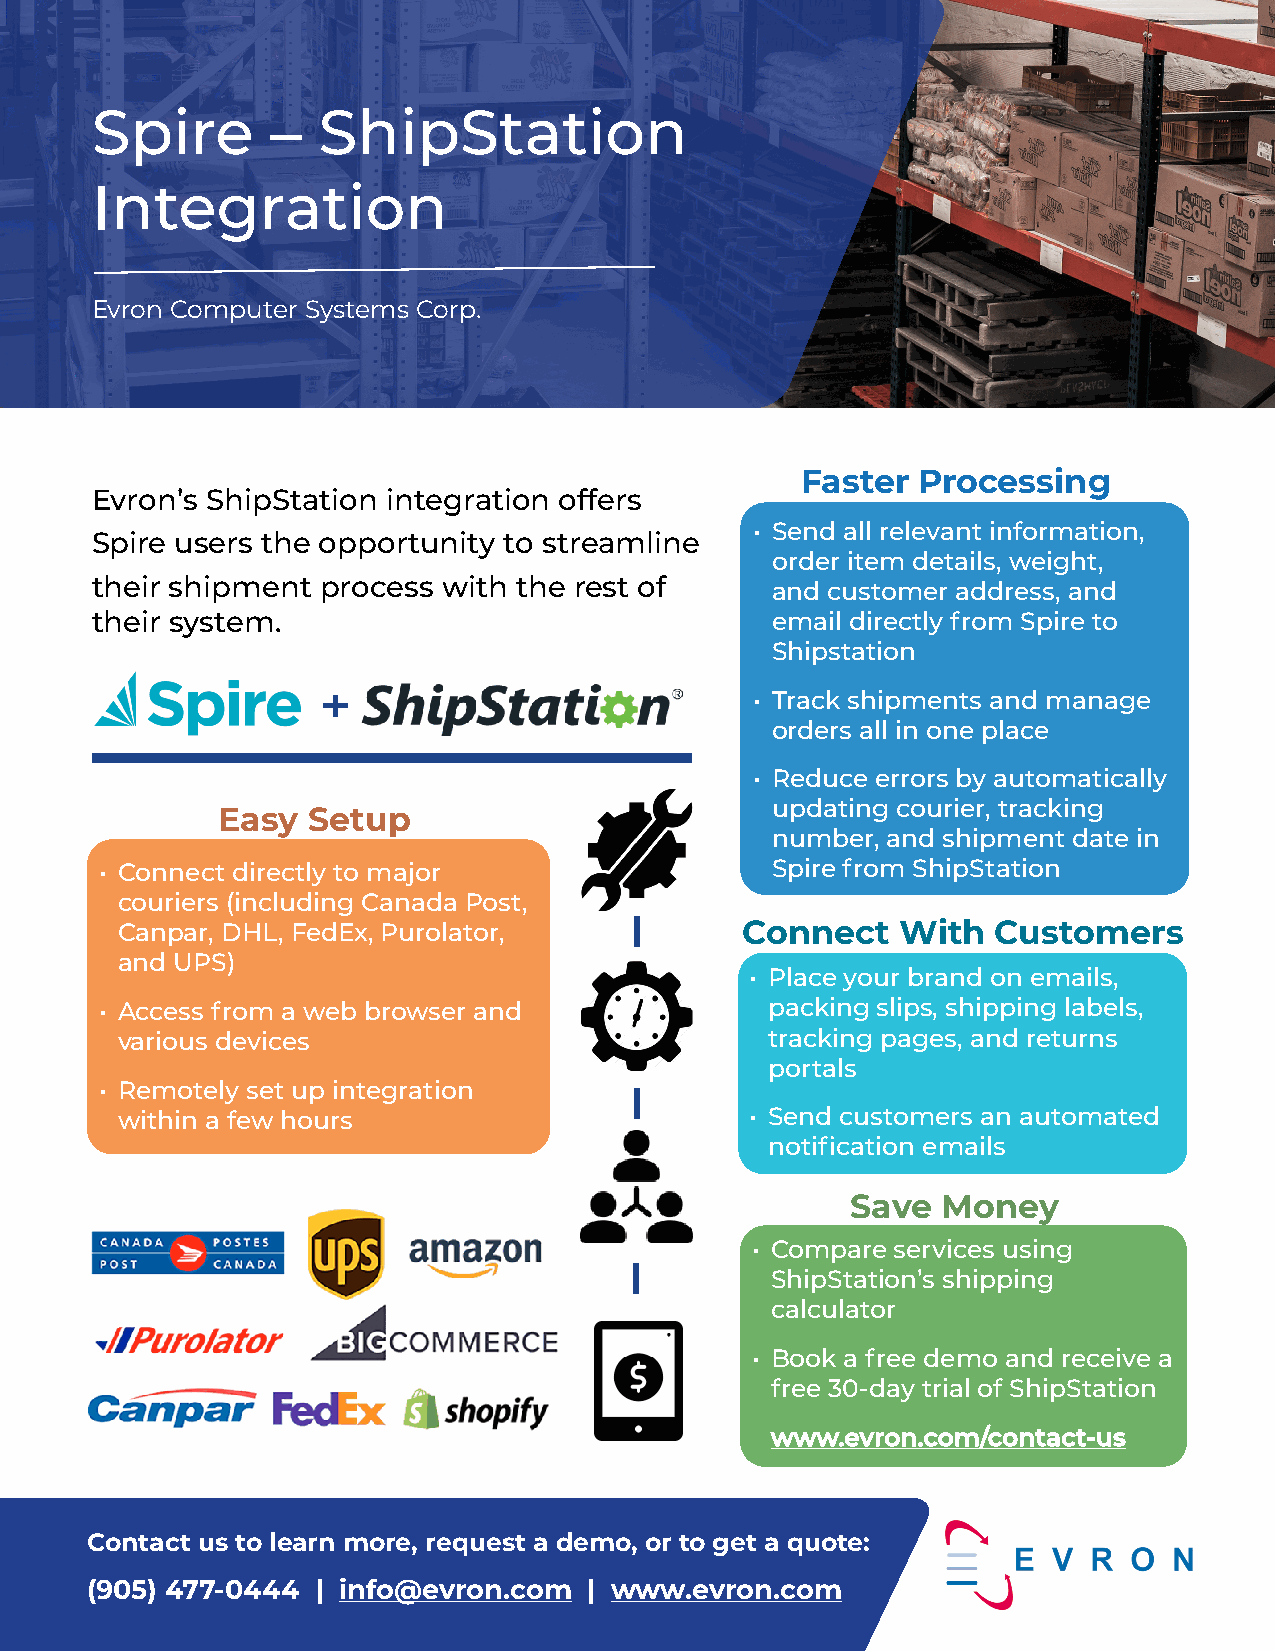
Spire       –  ShipStation
 Integration
 Evron Computer Systems Corp.
 Faster  Processing
 Evron’s ShipStation integration offers
 • Send all relevant information,
 Spire users the opportunity to streamline
 order item details, weight,
 their shipment process with the rest of      and customer address, and
 their system.                                email directly from Spire to
 Shipstation
 • Track shipments and manage
 orders all in one place
 • Reduce errors by automatically
 updating courier, tracking
 Easy  Setup
 number, and shipment date in
 • Connect directly to major                 Spire from ShipStation
 couriers (including Canada Post,
 Canpar, DHL, FedEx, Purolator,           Connect    With  Customers
 and UPS)
 • Place your brand on emails,
 • Access from a web browser and             packing slips, shipping labels,
 various devices                            tracking pages, and returns
 portals
 • Remotely set up integration
 within a few hours                        • Send customers an automated
 notification emails
 Save  Money
 • Compare services using
 ShipStation’s shipping
 calculator
 • Book a free demo and receive a
 free 30-day trial of ShipStation
 wwwwww..eevvrroonn..ccoomm//ccoonnttaacctt--uuss
 Contact us to learn more, request a demo, or to get a quote:
 (905) 477-0444 | info@evron.com  | www.evron.com